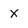
Character: x